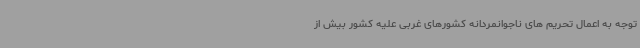
توجه به اعمال تحریم های ناجوانمردانه کشورهای غربی علیه کشور بیش از